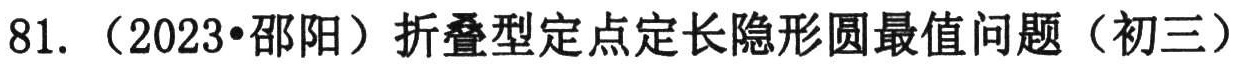
81. （2023•邵阳）折叠型定点定长隐形圆最值问题（初三）